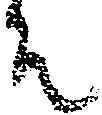
そ